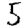
Digit: 5